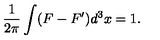
\frac { 1 } { 2 \pi } \int ( F - F ^ { \prime } ) d ^ { 3 } x = 1 .